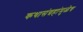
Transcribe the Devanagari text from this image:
कथासंग्रहांमुळेच